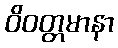
ဝိဝတ္တမာနာ